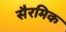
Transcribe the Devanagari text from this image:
सैरमिक